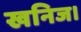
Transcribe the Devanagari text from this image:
खनिज।